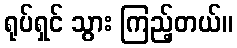
ရုပ်ရှင် သွား ကြည့်တယ်။